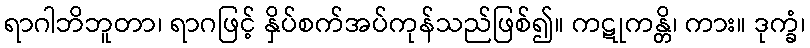
ရာဂါဘိဘူတာ၊ ရာဂဖြင့် နှိပ်စက်အပ်ကုန်သည်ဖြစ်၍။ ကဋုကန္တိ၊ ကား။ ဒုက္ခံ၊